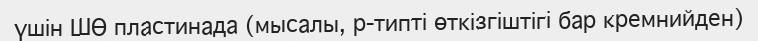
үшін ШӨ пластинада (мысалы, р-типті өткізгіштігі бар кремнийден)